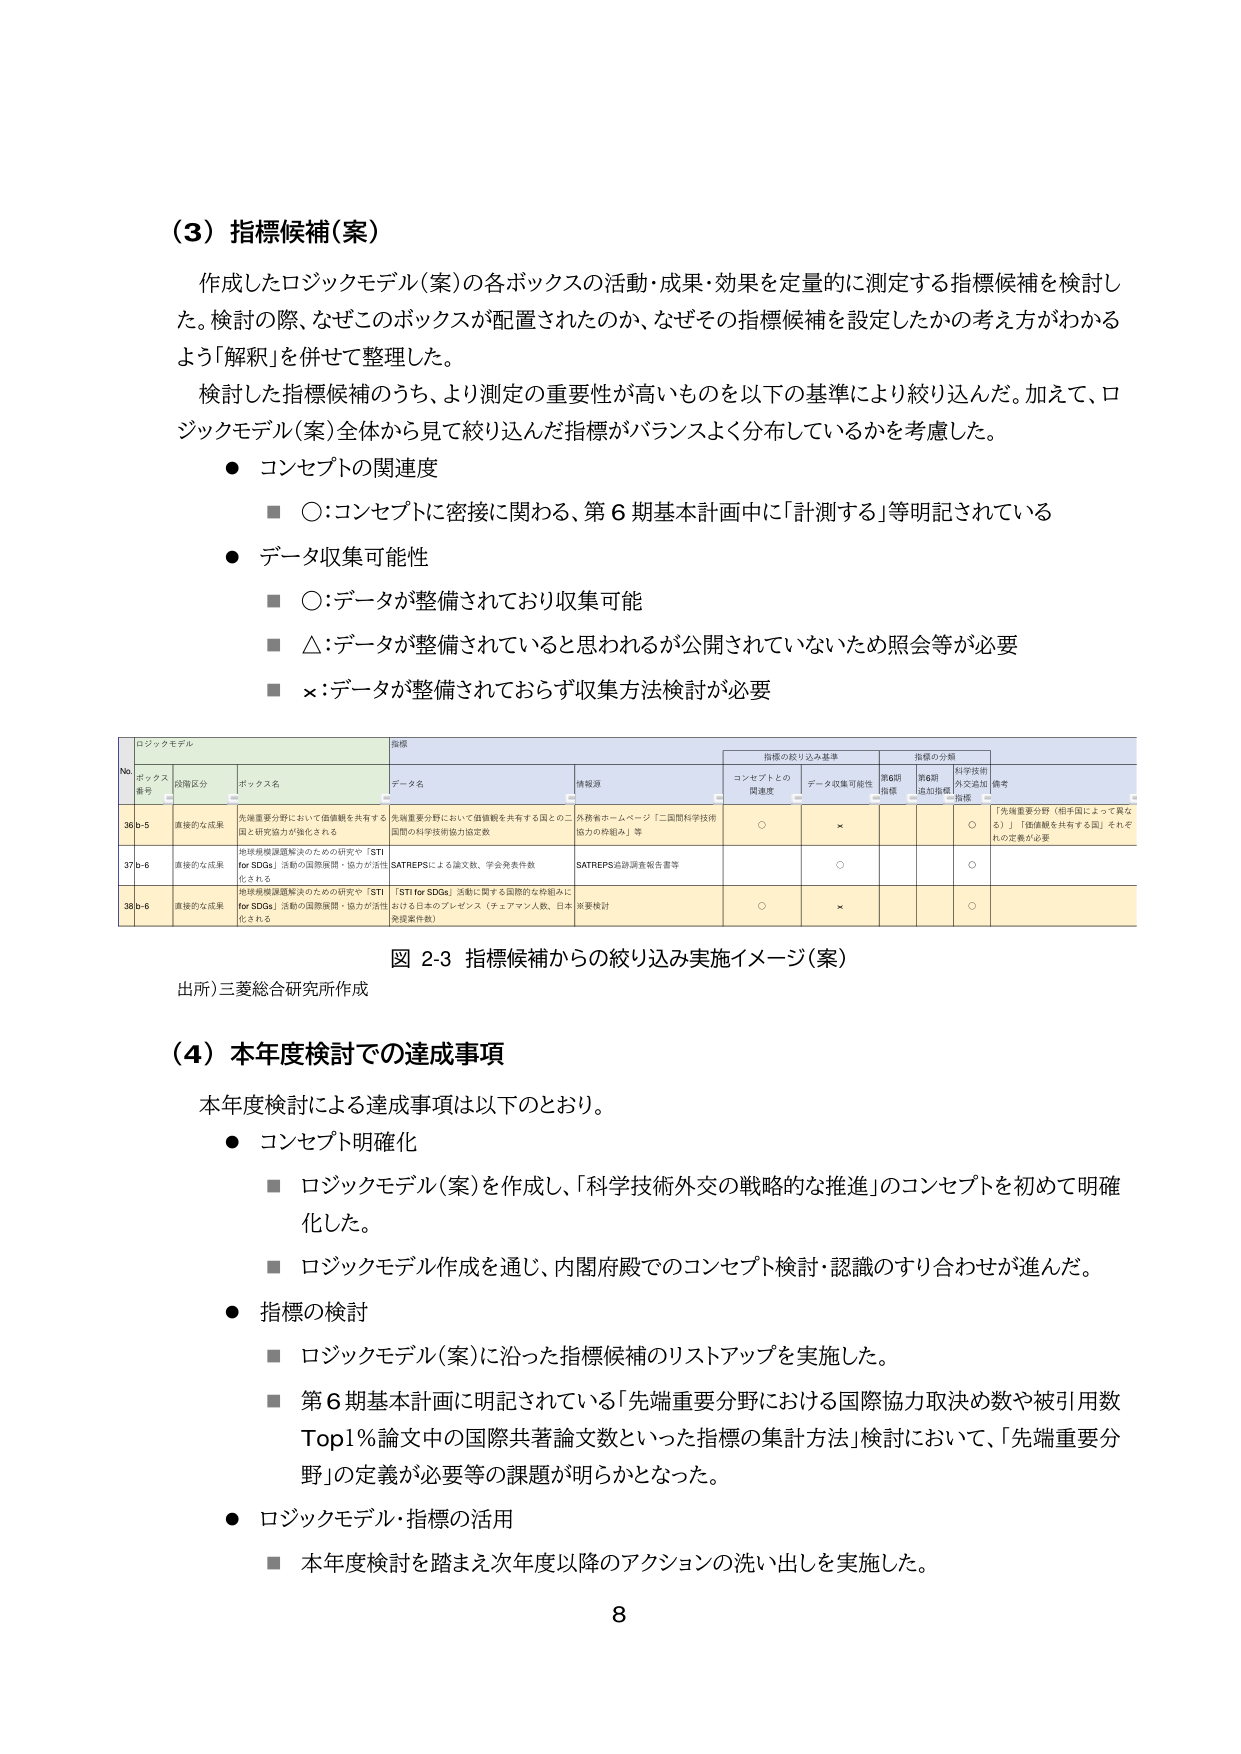
（3）指標候補（案）

作成したロジックモデル（案）の各ボックスの活動・成果・効果を定量的に測定する指標候補を検討した。検討の際、なぜこのボックスが配置されたのか、なぜその指標候補を設定したかの考え方がわかるよう「解釈」を併せて整理した。

検討した指標候補のうち、より測定の重要性が高いものを以下の基準により絞り込んだ。加えて、ロジックモデル（案）全体から見て絞り込んだ指標がバランスよく分布しているかを考慮した。

● コンセプトの関連度
　■ ○：コンセプトに密接に関わる、第６期基本計画中に「計測する」等明記されている

● データ収集可能性
　■ ○：データが整備されており収集可能
　■ △：データが整備されていると思われるが公開されていないため照会等が必要
　■ ×：データが整備されておらず収集方法検討が必要

ロジックモデル
指標
指標の絞り込み基準
指標の分類

№
ボックス番号
段階区分
ボックス名
データ名
情報源
コンセプトとの関連度
データ収集可能性
第6期指標
第6期追加指標
科学技術外交追加指標
備考

36b-5
直接的な成果
先端重要分野において価値観を共有する国と研究協力が強化される
先端重要分野において価値観を共有する国との二国間の科学技術協力協定数
外務省ホームページ「二国間科学技術協力の枠組み」等
○
×
○
「先端重要分野（相手国によって異なる）」「価値観を共有する国」それぞれの定義が必要

37b-6
直接的な成果
地球規模課題解決のための研究や「STI for SDGs」活動の国際展開・協力が活性化される
SATREPSによる論文数、学会発表件数
SATREPS追跡調査報告書等
○
○

38b-6
直接的な成果
地球規模課題解決のための研究や「STI for SDGs」活動の国際展開・協力が活性化される
「STI for SDGs」活動に関する国際的な枠組みにおける日本のプレゼンス（チェアマン人数、日本発提案件数）
※要検討
○
×
○

図 2-3 指標候補からの絞り込み実施イメージ（案）
出所）三菱総合研究所作成

（4）本年度検討での達成事項

本年度検討による達成事項は以下のとおり。

● コンセプト明確化
　■ ロジックモデル（案）を作成し、「科学技術外交の戦略的な推進」のコンセプトを初めて明確化した。
　■ ロジックモデル作成を通じ、内閣府殿でのコンセプト検討・認識のすり合わせが進んだ。

● 指標の検討
　■ ロジックモデル（案）に沿った指標候補のリストアップを実施した。
　■ 第６期基本計画に明記されている「先端重要分野における国際協力取決め数や被引用数Top1％論文中の国際共著論文数といった指標の集計方法」検討において、「先端重要分野」の定義が必要等の課題が明らかとなった。

● ロジックモデル・指標の活用
　■ 本年度検討を踏まえ次年度以降のアクションの洗い出しを実施した。

8